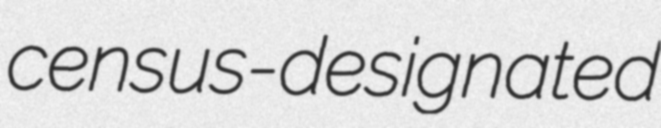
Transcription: census-designated